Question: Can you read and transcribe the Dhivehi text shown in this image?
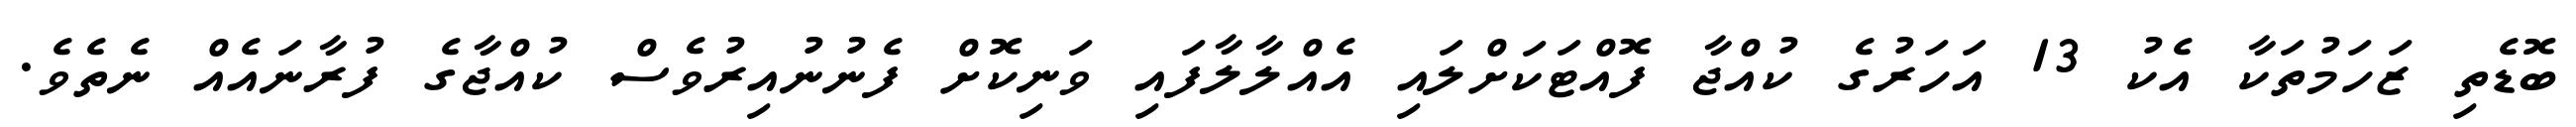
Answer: ބޮޑެތި ޒަހަމުތަކާ އެކު 13 އަހަރުގެ ކުއްޖާ ފޮއްޓަކަށްލައި އެއްލާލާފައި ވަނިކޮށް ފެނުނުއިރުވެސް ކުއްޖާގެ ފުރާނައެއް ނެތެވެ.